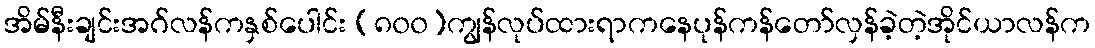
အိမ်နီးချင်းအဂ်လန်ကနှစ်ပေါင်း (၈၀၀)ကျွန်လုပ်ထားရာကနေပုန်ကန်တော်လှန်ခဲ့တဲ့အိုင်ယာလန်က